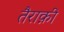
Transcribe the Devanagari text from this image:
तैराक़ी